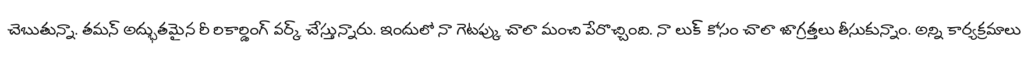
చెబుతున్నా. తమన్ అద్భుతమైన రీ రికార్డింగ్ వర్క్ చేస్తున్నారు. ఇందులో నా గెటప్కు చాలా మంచి పేరొచ్చింది. నా లుక్ కోసం చాలా జాగ్రత్తలు తీసుకున్నాం. అన్ని కార్యక్రమాలు